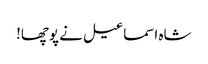
شاہ اسماعیل نے پوچھا!